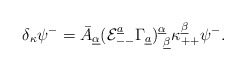
\begin{align*}\delta_\kappa\psi^-=\bar A_{\underline \alpha}({\cal E}^{\underline a}_{--}\Gamma_{\underline a})^{\underline \alpha}_{~\underline \beta}\kappa_{++}^{\underline \beta}\psi^-.\end{align*}